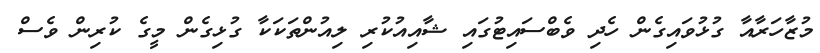
މުޒާހަރާއާ ގުޅުވައިގެން ހެދި ވެބްސައިޓުގައި ޝާއިއުކުރި ލިއުންތަކަކާ ގުޅިގެން މީގެ ކުރިން ވެސް